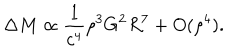
LaTeX: \Delta M \propto \frac { 1 } { c ^ { 4 } } \rho ^ { 3 } G ^ { 2 } R ^ { 7 } + O ( \rho ^ { 4 } ) .